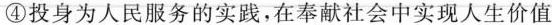
④投身为人民服务的实践，在奉献社会中实现人生价值